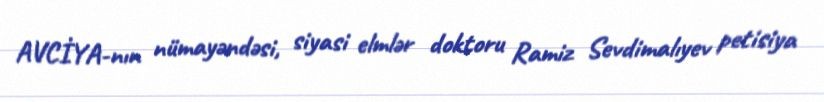
AVCİYA-nın nümayəndəsi, siyasi elmlər doktoru Ramiz Sevdimalıyev petisiya